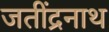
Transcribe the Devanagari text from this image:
जतींद्रनाथ